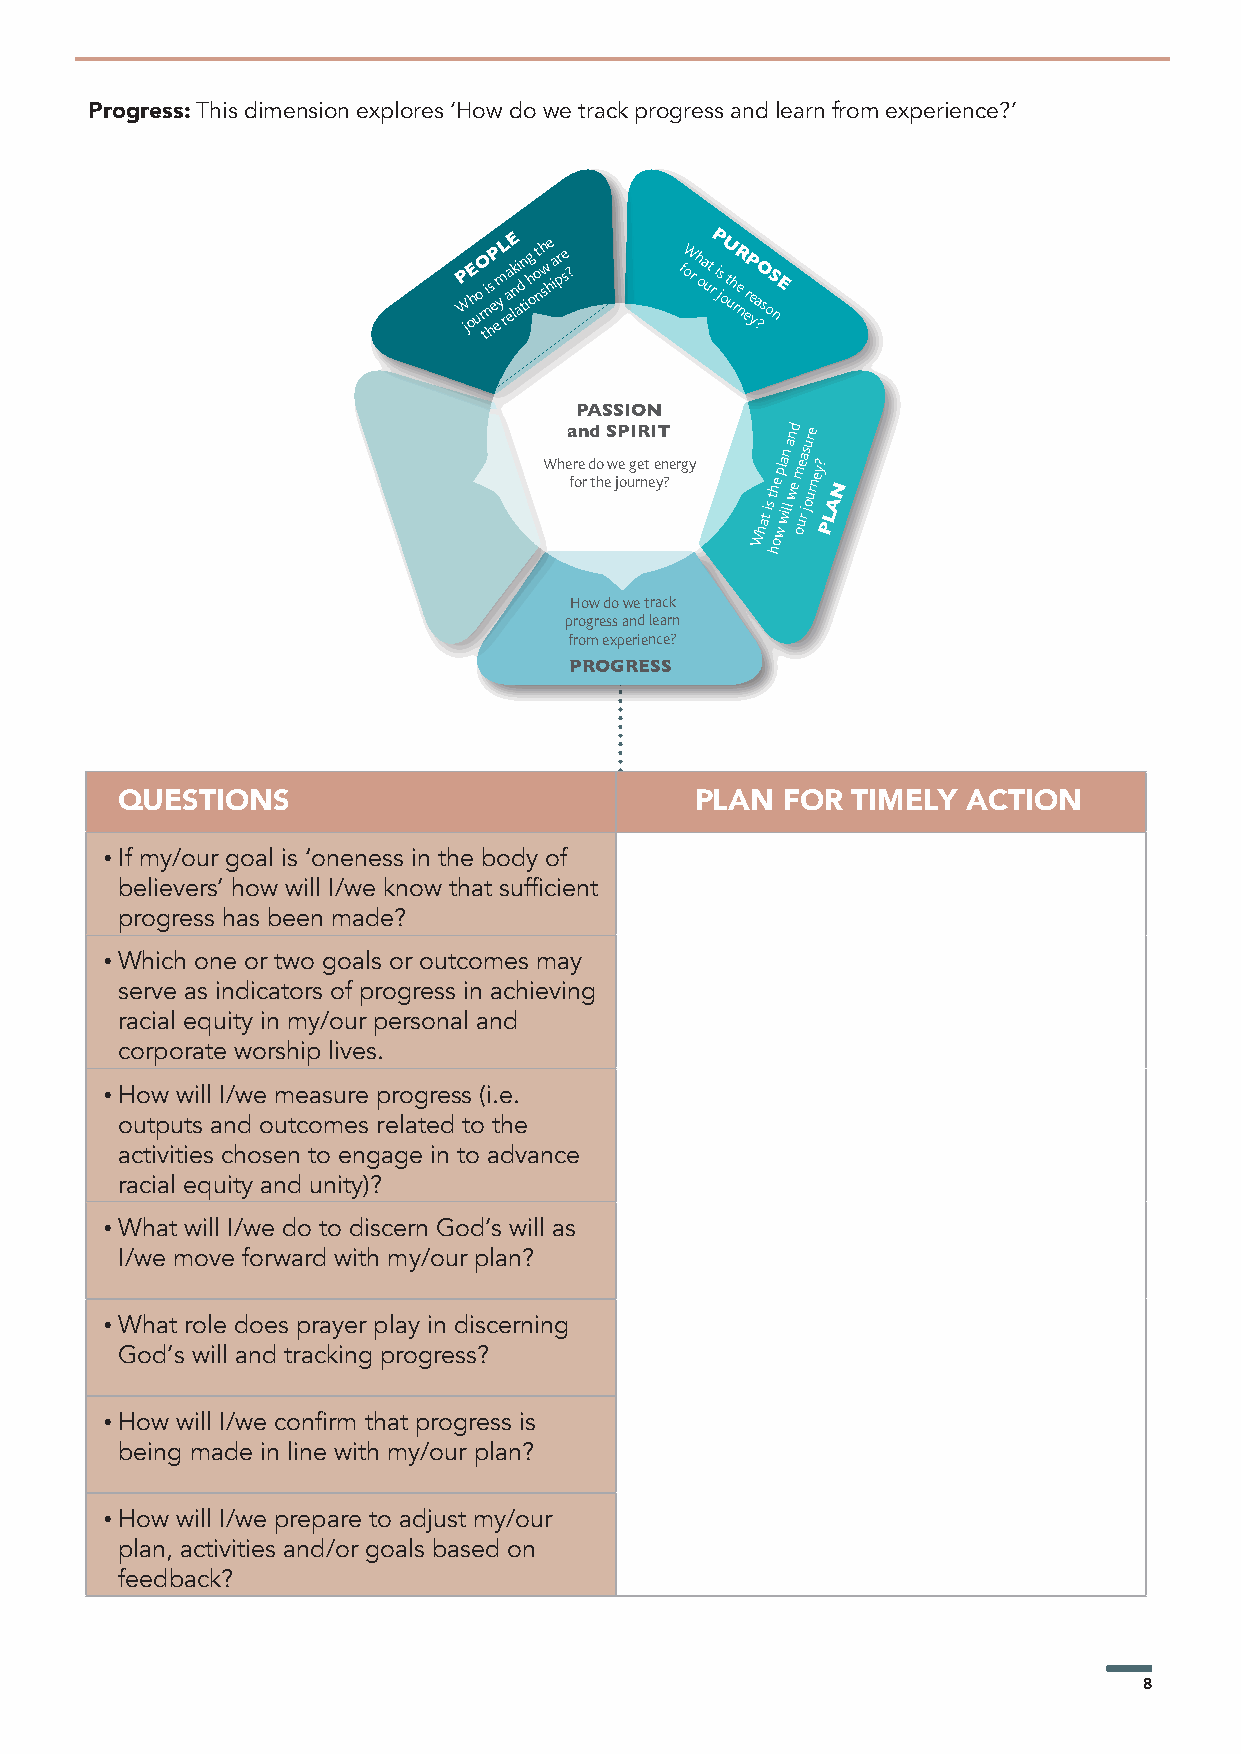
Progress: This dimension explores ‘How do we track progress and learn from experience?’
 jWP ohE uo
 r
 tiO ns
 h
 e eP ym rL aa elk nE i ad tn ig h o t o nsh w e h ia r pse ? foW r h oa ut rP i js oU t uhR re
 n
 eP re yO a ?soS nE
 PASSION
 Whea
 fr
 oen
 r
 dd
 tho
 e
 S
 w
 jP
 e
 o
 uI
 g
 rR
 e nt
 eI
 e
 yT
 n ?ergy
 What
 is
 th oe
 wp
 la wiln
 l
 a wn ed
 om
 ue ra js
 our ure
 ney?
 PLAN
 h
 How do we track
 progress and learn
 from experience?
 PROGRESS
 QUESTIONS                             PLAN  FOR TIMELY  ACTION
 • If my/our goal is ‘oneness in the body of
 believers’ how will I/we know that sufficient
 progress has been made?
 • Which one or two goals or outcomes may
 serve as indicators of progress in achieving
 racial equity in my/our personal and
 corporate worship lives.
 • How will I/we measure progress (i.e.
 outputs and outcomes related to the
 activities chosen to engage in to advance
 racial equity and unity)?
 • What will I/we do to discern God’s will as
 I/we move forward with my/our plan?
 • What role does prayer play in discerning
 God’s will and tracking progress?
 • How will I/we confirm that progress is
 being made in line with my/our plan?
 • How will I/we prepare to adjust my/our
 plan, activities and/or goals based on
 feedback?
 8